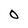
Character: O